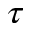
\boldsymbol { \tau }